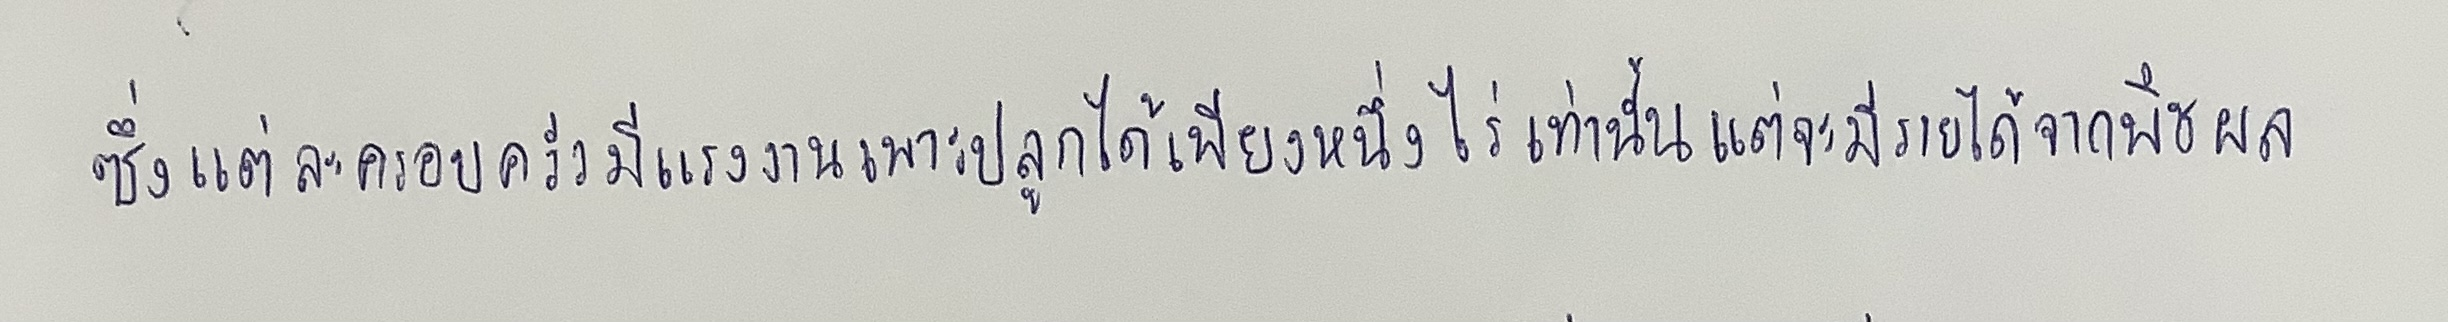
ซึ่งแต่ละครอบครัวมีแรงงานเพาะปลูกได้เพียงหนึ่งไร่เท่านั้นแต่จะมีรายได้จากพืชผล